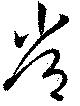
常